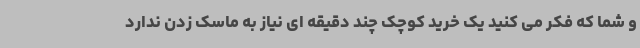
و شما که فکر می کنید یک خرید کوچک چند دقیقه ای نیاز به ماسک زدن ندارد